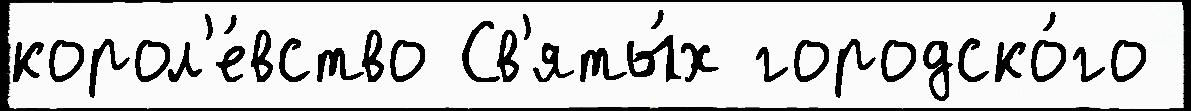
корол'е́вство Св'яты́х городско́го